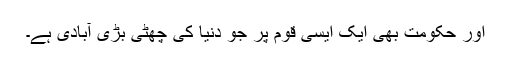
اور حکومت بھی ایک ایسی قوم پر جو دنیا کی چھٹی بڑی آبادی ہے۔